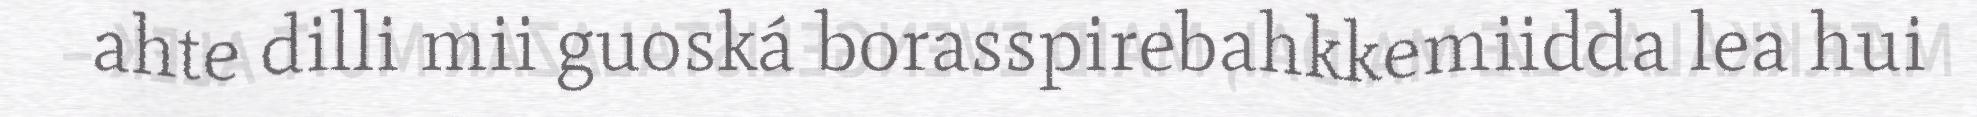
ahte dilli mii guoská borasspirebahkkemiidda lea hui